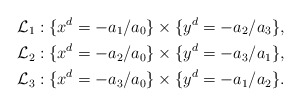
\begin{align*} \mathcal{L}_1 &: \{ x^d = -a_1/a_0 \} \times \{ y^d = - a_2/a_3 \}, \\\mathcal{L}_2 &: \{ x^d = -a_2/a_0 \} \times \{ y^d = - a_3/a_1 \}, \\\mathcal{L}_3 &: \{ x^d = -a_3/a_0 \} \times \{ y^d = - a_1/a_2 \}. \end{align*}